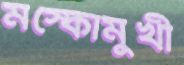
মস্কোমুখী